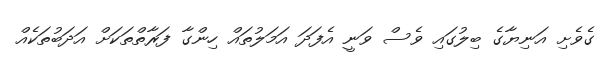
ގެވެށި އަނިޔާގެ ބިލުގައި ވެސް ވަނީ އެފަދަ އަމަލުތައް ހިންގާ ފަރާތްތަކަށް އަދަބުތަކެއް